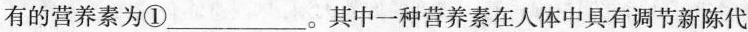
有的营养素为①___。其中一种营养素在人体中具有调节新陈代